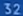
32